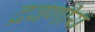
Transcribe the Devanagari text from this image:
द्रवणीय